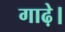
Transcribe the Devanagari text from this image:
गाढ़े।